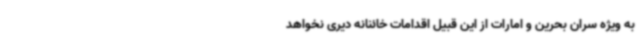
به ویژه سران بحرین و امارات از این قبیل اقدامات خائنانه دیری نخواهد